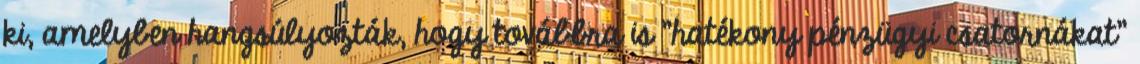
ki, amelyben hangsúlyozták, hogy továbbra is "hatékony pénzügyi csatornákat"